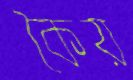
কৈয়